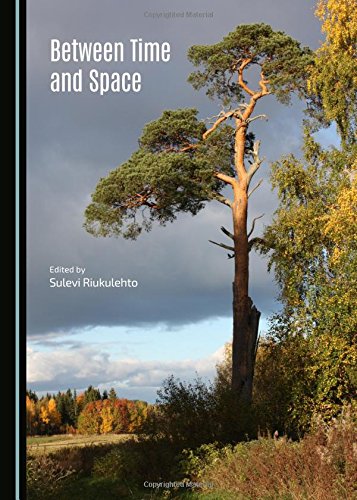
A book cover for Between Time and Space; Riukulehto Sulevi; History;